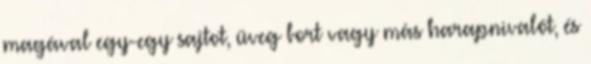
magával egy-egy sajtot, üveg bort vagy más harapnivalót, és